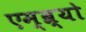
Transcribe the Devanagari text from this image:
एम्ब्र्यो